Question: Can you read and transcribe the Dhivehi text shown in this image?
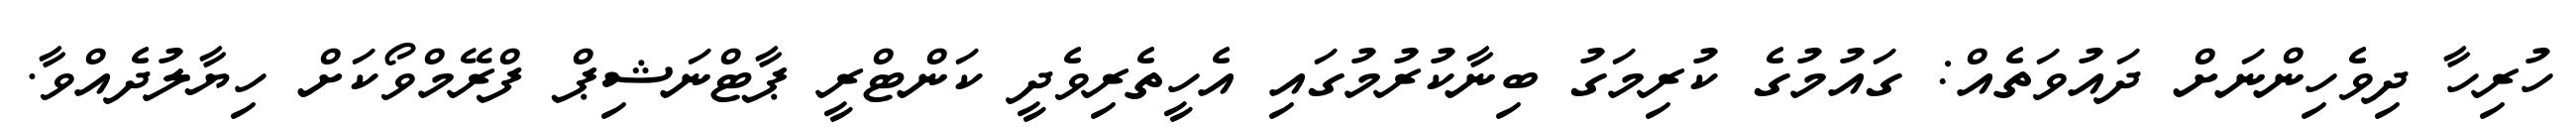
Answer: ހުރިހާ ދިވެހިންނަށް ދައުވަތެއް: ގައުމުގެ ކުރިމަގު ބިނާކުރުމުގައި އެހީތެރިވެދީ ކަންޓްރީ ޕާޓްނަޝިޕް ފްރޭމްވޯކަށް ހިޔާލުދެއްވާ.